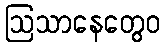
ဩသာနေတွေဝ